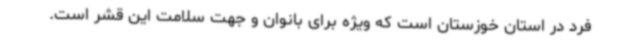
فرد در استان خوزستان است که ویژه برای بانوان و جهت سلامت این قشر است.